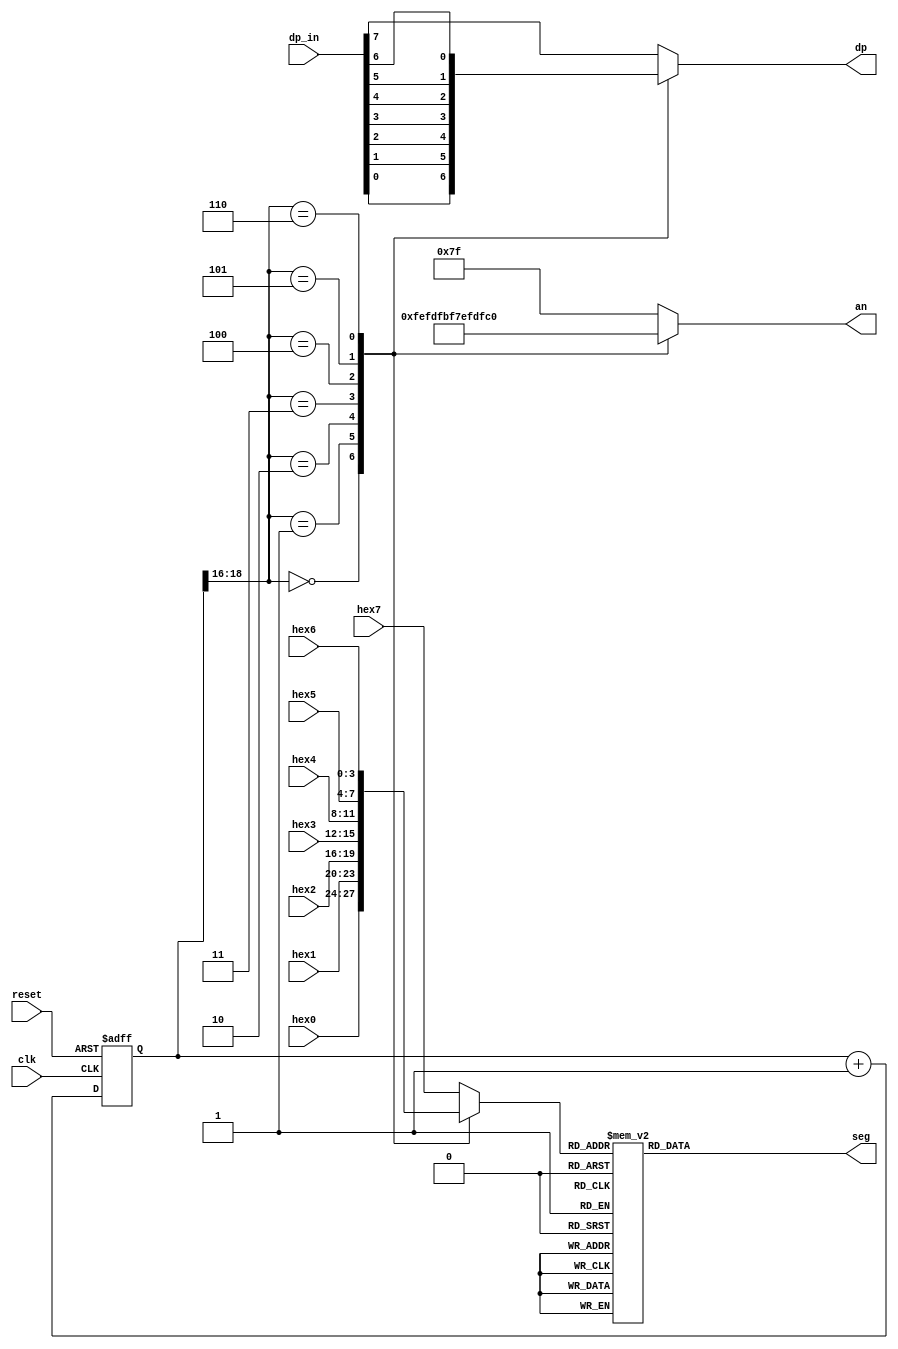
module disp_hex_mux (
    input wire clk, reset,
    input wire [3:0] hex7, hex6, hex5, hex4, hex3, hex2, hex1, hex0, // hex digits
    input wire [7:0] dp_in, // 8 decimal points
    output reg [7:0] an, // enable 1-out-of-8 asserted low
    output reg dp, // decimal point
    output reg [6:0] seg // led segments
);

    // constant declaration
    // refreshing rate around 800 Hz (100 MHz/2^17)
    localparam N = 19;
    // internal signal declaration
    reg [N-1:0] q_reg;
    wire [N-1:0] q_next;
    reg [3:0] hex_in;
    
    // N-bit counter
    // register
    always @(posedge clk, posedge reset)
        if (reset)
            q_reg <= 0;
        else
            q_reg <= q_next;
    
    // next-state logic
    assign q_next = q_reg + 1;
    
    // 2 MSBs of counter to control 8-to-1 multiplexing
    // and to generate active-low enable signal
    always @*
        case (q_reg[N-1:N-3])
            3'b000:
                begin
                    an =  8'b11111110;
                    hex_in = hex0;
                    dp = dp_in[0];
                end
            3'b001:
                begin
                    an =  8'b11111101;
                    hex_in = hex1;
                    dp = dp_in[1];
                end
            3'b010:
                begin
                    an =  8'b11111011;
                    hex_in = hex2;
                    dp = dp_in[2];
                end
            3'b011:
                begin
                    an =  8'b11110111;
                    hex_in = hex3;
                    dp = dp_in[3];
                end
            3'b100:
                begin
                    an =  8'b11101111;
                    hex_in = hex4;
                    dp = dp_in[4];
                end
            3'b101:
                begin
                    an =  8'b11011111;
                    hex_in = hex5;
                    dp = dp_in[5];
                end
            3'b110:
                begin
                    an =  8'b10111111;
                    hex_in = hex6;
                    dp = dp_in[6];
                end
            default:
                begin
                    an =  8'b01111111;
                    hex_in = hex7;
                    dp = dp_in[7];
                end
        endcase
    
    // hex to seven-segment led display
    always @*
        begin
            case(hex_in)
                4'h0: seg = 7'b1000000;
                4'h1: seg = 7'b1111001;
                4'h2: seg = 7'b0100100;
                4'h3: seg = 7'b0110000;
                4'h4: seg = 7'b0011001;
                4'h5: seg = 7'b0010010;
                4'h6: seg = 7'b0000010;
                4'h7: seg = 7'b1111000;
                4'h8: seg = 7'b0000000;
                4'h9: seg = 7'b0010000;
                4'ha: seg = 7'b0001000;
                4'hb: seg = 7'b0000011;
                4'hc: seg = 7'b1000110;
                4'hd: seg = 7'b0100001;
                4'he: seg = 7'b0000110;
                default: seg = 7'b0001110;  //4'hf
            endcase
        end

endmodule